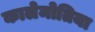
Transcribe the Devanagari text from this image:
कालेमोतिया